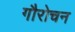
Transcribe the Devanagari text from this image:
गौरोचन